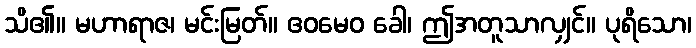
သိ၏။ မဟာရာဇ၊ မင်းမြတ်။ ဧဝမေဝ ခေါ၊ ဤအတူသာလျှင်။ ပုရိသော၊